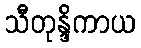
သီတုန္ဒိကာယ